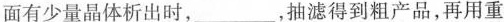
面有少量晶体析出时，___，抽滤得到粗产品，再用重